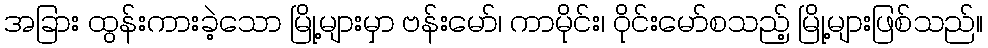
အခြား ထွန်းကားခဲ့သော မြို့များမှာ ဗန်းမော်၊ ကာမိုင်း၊ ဝိုင်းမော်စသည့် မြို့များဖြစ်သည်။